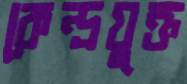
কেন্দ্রযুক্ত